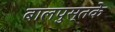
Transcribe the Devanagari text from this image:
बालपुस्तके